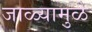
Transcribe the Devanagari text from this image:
जाळ्यामुळे